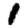
Digit: 1